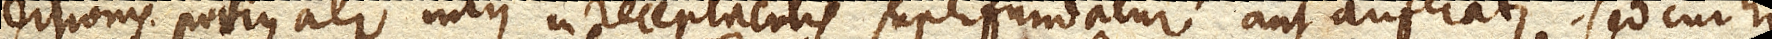
sertionis potius aer intus in receptaculis superfundatur aut auferatur. Sed cur hi